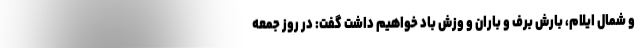
و شمال ایلام، بارش برف و باران و وزش باد خواهیم داشت گفت: در روز جمعه